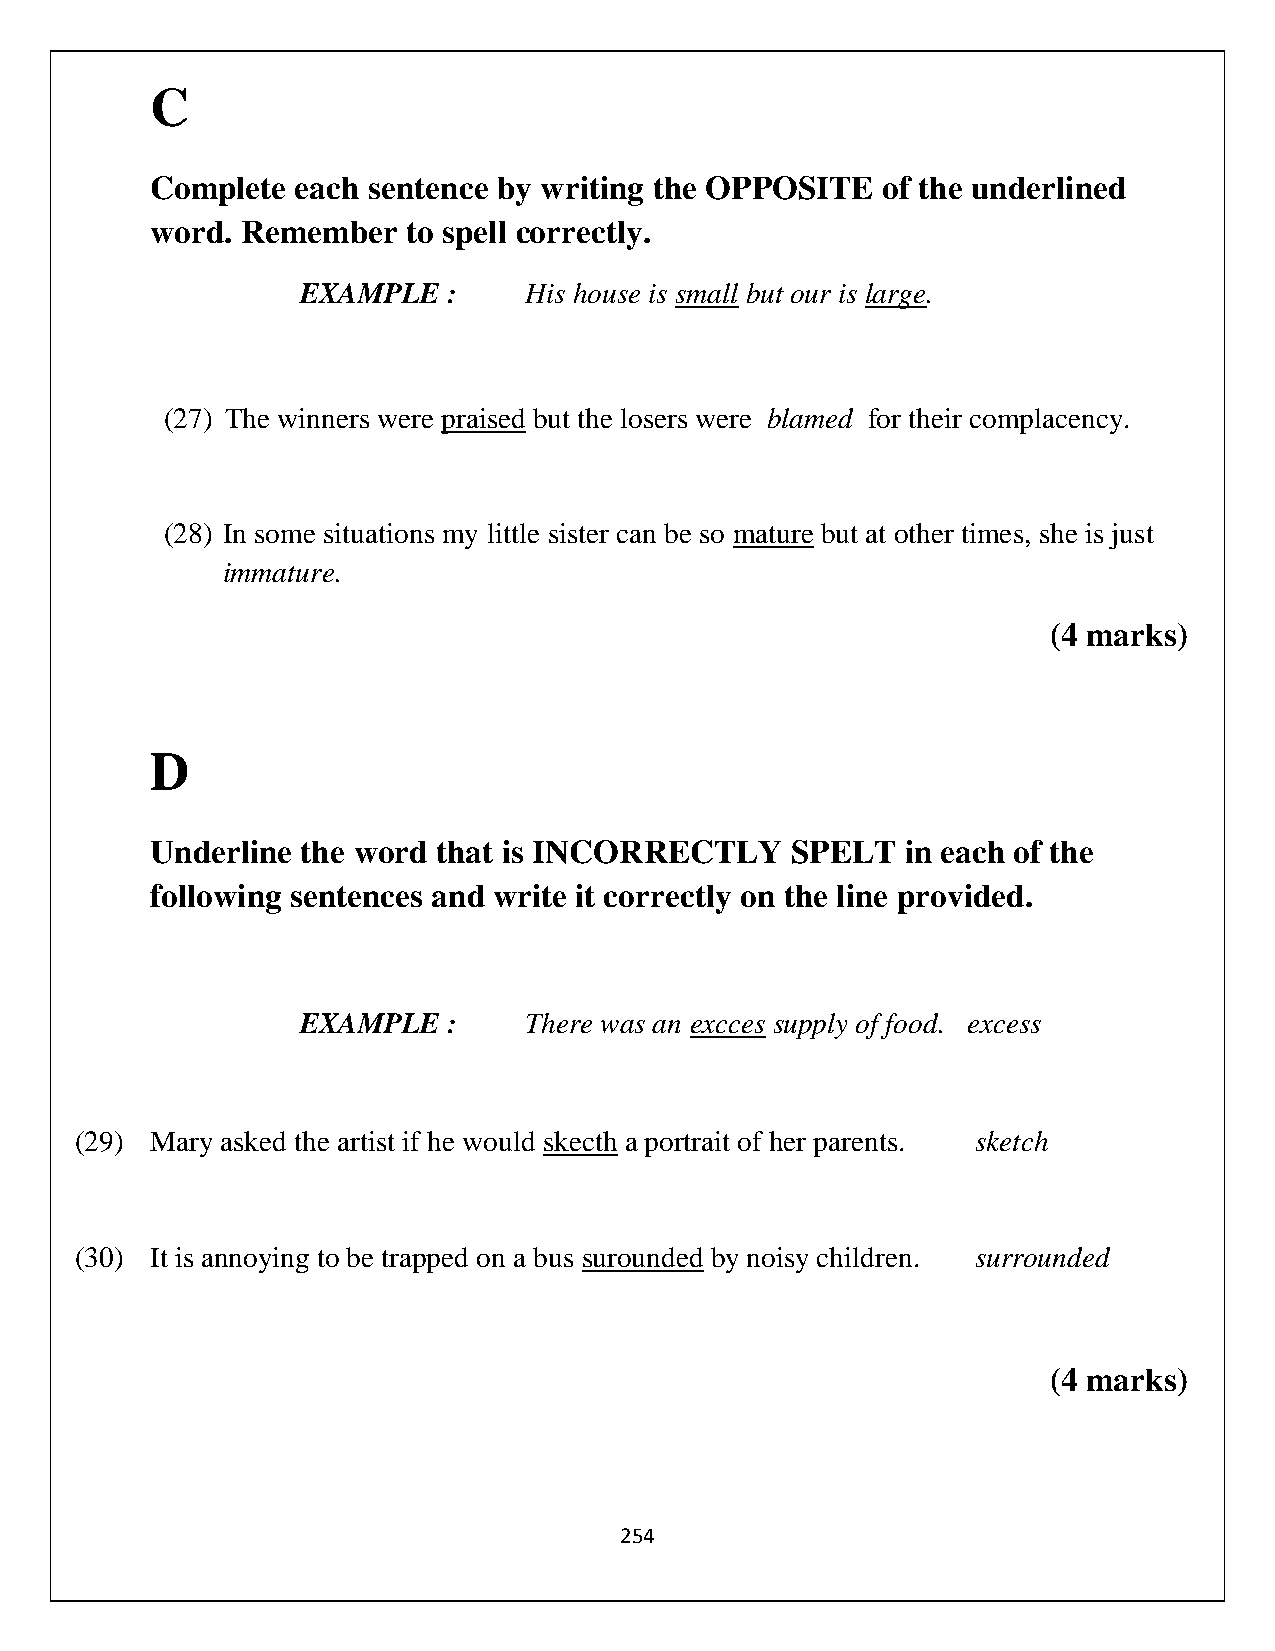
C
 Complete  each sentence by writing the OPPOSITE of the underlined
 word. Remember   to spell correctly.
 EXAMPLE   :    His house is small but our is large.
 (27) The winners were praised but the losers were blamed for their complacency.
 (28) In some situations my little sister can be so mature but at other times, she is just
 immature.
 (4 marks)
 D
 Underline the word that is INCORRECTLY    SPELT   in each of the
 following sentences and write it correctly on the line provided.
 EXAMPLE   :    There was an excces supply of food. excess
 (29) Mary asked the artist if he would skecth a portrait of her parents. sketch
 (30) It is annoying to be trapped on a bus surounded by noisy children. surrounded
 (4 marks)
 254